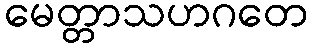
မေတ္တာသဟဂတေ